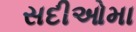
સદીઓમા